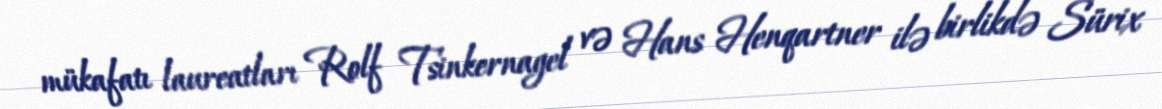
mükafatı laureatları Rolf Tsinkernagel və Hans Henqartner ilə birlikdə Sürix